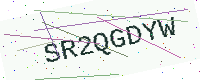
Text: SR2QGDYW